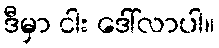
ဒီမှာ ငါး ဒေါ်လာပါ။